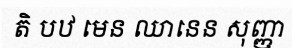
តិ បឋ មេន ឈានេន សុញ្ញា